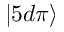
| 5 d \pi \rangle